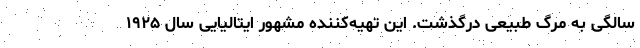
سالگی به مرگ طبیعی درگذشت. این تهیه‌کننده مشهور ایتالیایی سال ۱۹۲۵